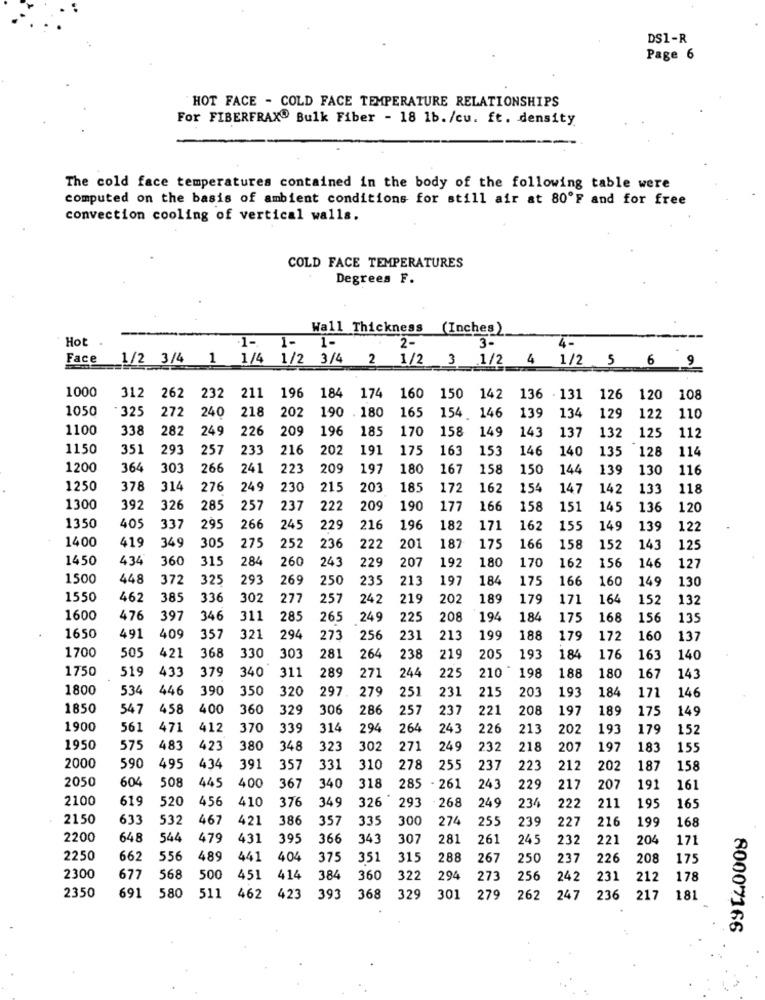
DS1-R
Page 6
HOT FACE - COLD FACE TEMPERATURE RELATIONSHIPS
For FIBERFRAX Bulk Fiber - 18 1b./cu. ft. density
The cold face temperatures contained in the body of the following table were
computed on the basis of ambient conditions for still air at 80ºF and for free
convection cooling of vertical walls.
COLD FACE TEMPERATURES
Degrees F.
Wall Thickness (Inches)
Hot
1-
2-
3-
Face 1/2 3/4 1 1/4 1/2 3/4 2 1/2
.1/2 4 1/2 5 6 9
1000
312
262
232
211
196
184
174
160
150
142
136 - 131
126
120
108
1050
· 325
272
240
218
202
190 . 180
165
146
154
139
134
129
122
110
1100
338
282
249
226
209
196
185
170
158
149
143
137
132
125
112
1150
351
293
257
233
216
202
191
175
163
153
146
140
135
128
114
1200
364
303
266
241
223
209
197
180
167
158
150
144
139
130
116
1250
378
314
276
249
230
215
203
185
172
162
154
147
142
133
118
1300
392
326
285
257
237
222
209
190
177
166
158
151
145
136
120
1350
405
337
295
266
245
229
216
196
182
171
162
155
149
139
122
1400
305
419
349
275
252
236
222
201
187
175
166
158
152
143
125
1450
434
360
315
284
180
162
156
146
260
24
229
207
192
170
127
1500
448
372
325
293
269
250
235
213
197
184
175
166
160
149
130
1550
462
385
336
302
27:
25;
242
219
202
189
179
171
164
152
132
1600
476
397
346
311
285
265
249
225
208
194
184
175
168
156
13
1650
491
409
357
321
294
273
256
231
213
199
188
179
172
160
137
1700
505
421
368
330
30
281
264
238
219
205
193
18
176
163
140
1750
519
433
379
340
311
289
225
198
271
244
210
188
180
167
143
1800
534
446
390
350
320
297
279
251
231
21.
201
193
184
171
146
1850
547
458
400
360
329
306
286
257
237
221
208
197
189
175
149
1900
561
471
412
370
339
314
294
264
243
226
213
202
193
179
152
1950
575
483
42
380
348
323
302
271
249
232
218
201
197
183
155
2000
590
495
434
391
357
331
310
278
25.
237
22:
212
202
187
158
2050
604
445
50
400
367
340
318
285 - 261
243
229
217
207
191
161
2100
619
520
456
410
326
376
349
293
268
249
234
222
211
195
165
2150
633
532
467
421
386
357
335
300
274
255
239
227
216
199
168
2200
648
544
479
431
395
366
343
307
281
261
245
232
221
204
171
2250
662
556
489
441
404
375
351
315
288
267
250
237
226
208
175
2300
677
568
500
451
414
384
360
322
294
273
256
242
231
212
178
2350
691
580
511
462
423
393
368
329
301
279
262
247
236
217
181
80007166